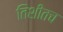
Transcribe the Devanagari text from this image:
तिशीतच